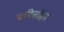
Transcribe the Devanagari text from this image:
पालिसाहित्य